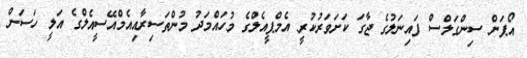
އޯޕަން ސިންގަލްސް ފައިނަލުގެ ޖާގަ ކަށަވަރުކުރީ އެމްޕީއެލްގެ މުހައްމަދު މުންތަސިރާއިއެމްއޭސީއެލްގެ އަލީ ހަސަން